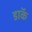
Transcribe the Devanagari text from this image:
डाॅक